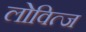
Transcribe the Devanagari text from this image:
लोवित्ज